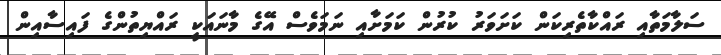
ސަލާމަތާއި ރައްކާތެރިކަން ކަށަވަރު ކުރުން ކަމަށާއި ނަމަވެސް އޭގެ މާނައަކީ ރައްޔިތުންގެ ފައިސާއިން